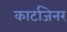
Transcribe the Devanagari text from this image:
कार्टाजेनर